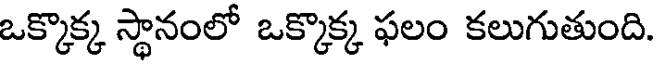
ఒక్కొక్క స్థానంలో ఒక్కొక్క ఫలం కలుగుతుంది.